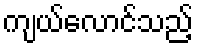
ကျယ်လောင်သည့်